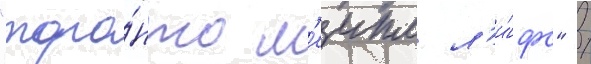
"торо́нто м'еипл л'и́фс" /